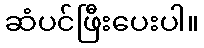
ဆံပင်ဖြီးပေးပါ။